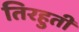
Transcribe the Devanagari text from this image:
तिरहुती